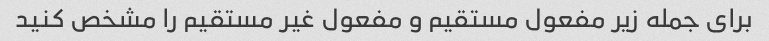
برای جمله زیر مفعول مستقیم و مفعول غیر مستقیم را مشخص کنید